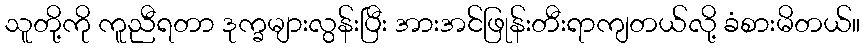
သူတို့ကို ကူညီရတာ ဒုက္ခများလွန်းပြီး အားအင်ဖြုန်းတီးရာကျတယ်လို့ ခံစားမိတယ်။